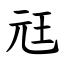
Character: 㒬